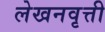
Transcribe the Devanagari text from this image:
लेखनवृत्ती